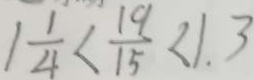
1 \frac { 1 } { 4 } < \frac { 1 9 } { 1 5 } < 1 . 3